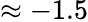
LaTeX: \approx-1.5